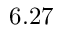
6 . 2 7